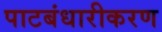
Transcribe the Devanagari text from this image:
पाटबंधारीकरण